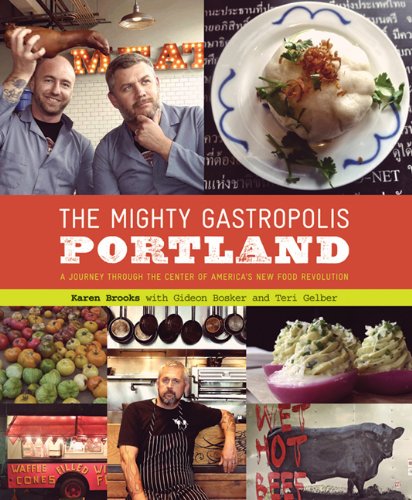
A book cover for The Mighty Gastropolis: Portland: A Journey Through the Center of America's New Food Revolution; Karen Brooks; Cookbooks, Food & Wine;